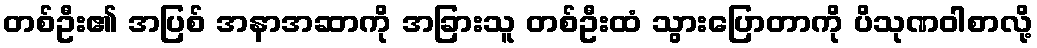
တစ်ဦး၏ အပြစ် အနာအဆာကို အခြားသူ တစ်ဦးထံ သွားပြောတာကို ပိသုဏဝါစာလို့